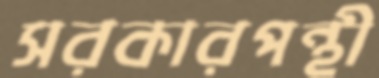
সরকারপন্থী